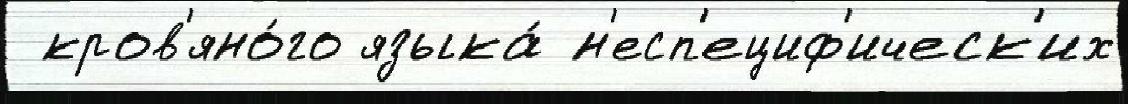
 кров'яно́го языка́ н'есп'ециф'ическ'их